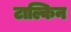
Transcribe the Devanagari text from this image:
टाल्किन